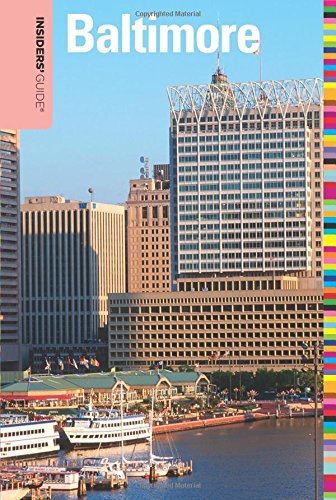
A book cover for Insiders' GuideÂ® to Baltimore (Insiders' Guide Series); Judy Colbert; Travel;